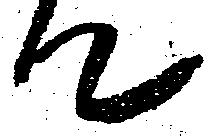
て